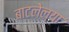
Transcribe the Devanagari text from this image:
बाटलेल्या